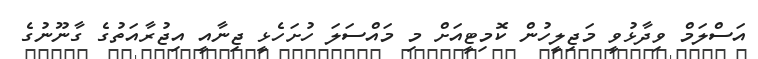
އަސްލަމް ވިދާޅުވީ މަޖިލީހުން ކޮމިޓީއަށް މި މައްސަލަ ހުށަހެޅީ ޖިނާއީ އިޖުރާއަތުގެ ގާނޫނުގެ